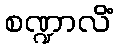
စဏ္ဍာလိံ